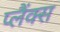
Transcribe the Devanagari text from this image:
प्लैंक्स